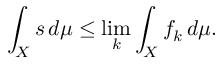
\int _ { X } s \, d \mu \leq \operatorname* { l i m } _ { k } \int _ { X } f _ { k } \, d \mu .